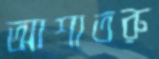
আশাতরু